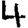
Digit: 4